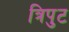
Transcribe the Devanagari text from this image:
त्रिपुट